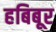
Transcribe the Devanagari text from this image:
हबिबूर